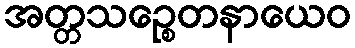
အတ္တသဉ္စေတနာယေဝ